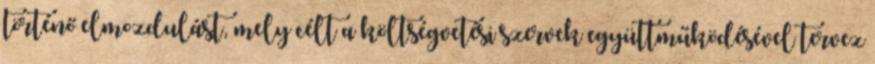
történő elmozdulást, mely célt a költségvetési szervek együttműködésével tervez